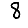
Digit: 8